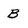
Character: B